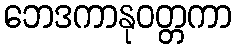
ဘေဒကာနုဝတ္တကာ